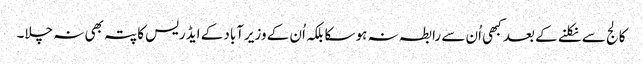
کالج سے نکلنے کے بعد کبھی اُن سے رابطہ نہ ہو سکا بلکہ اُن کے وزیرآباد کے ایڈریس کا پتہ بھی نہ چلا۔